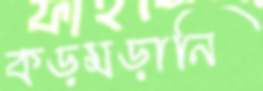
কড়মড়ানি